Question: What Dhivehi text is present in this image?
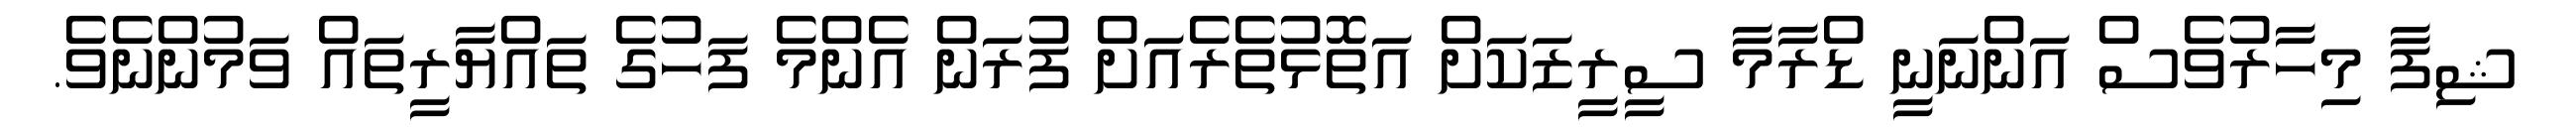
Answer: ޝިފާ މިހާރުވެސް އަންނަނީ ޑްރާމާ ސީރީޒަކަށް އަތޮޅުތެރެއަށް ފުރަން އެންމެ ފަހުގެ ތައްޔާރީތައް ވަމުންނެވެ.